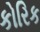
કોરિક